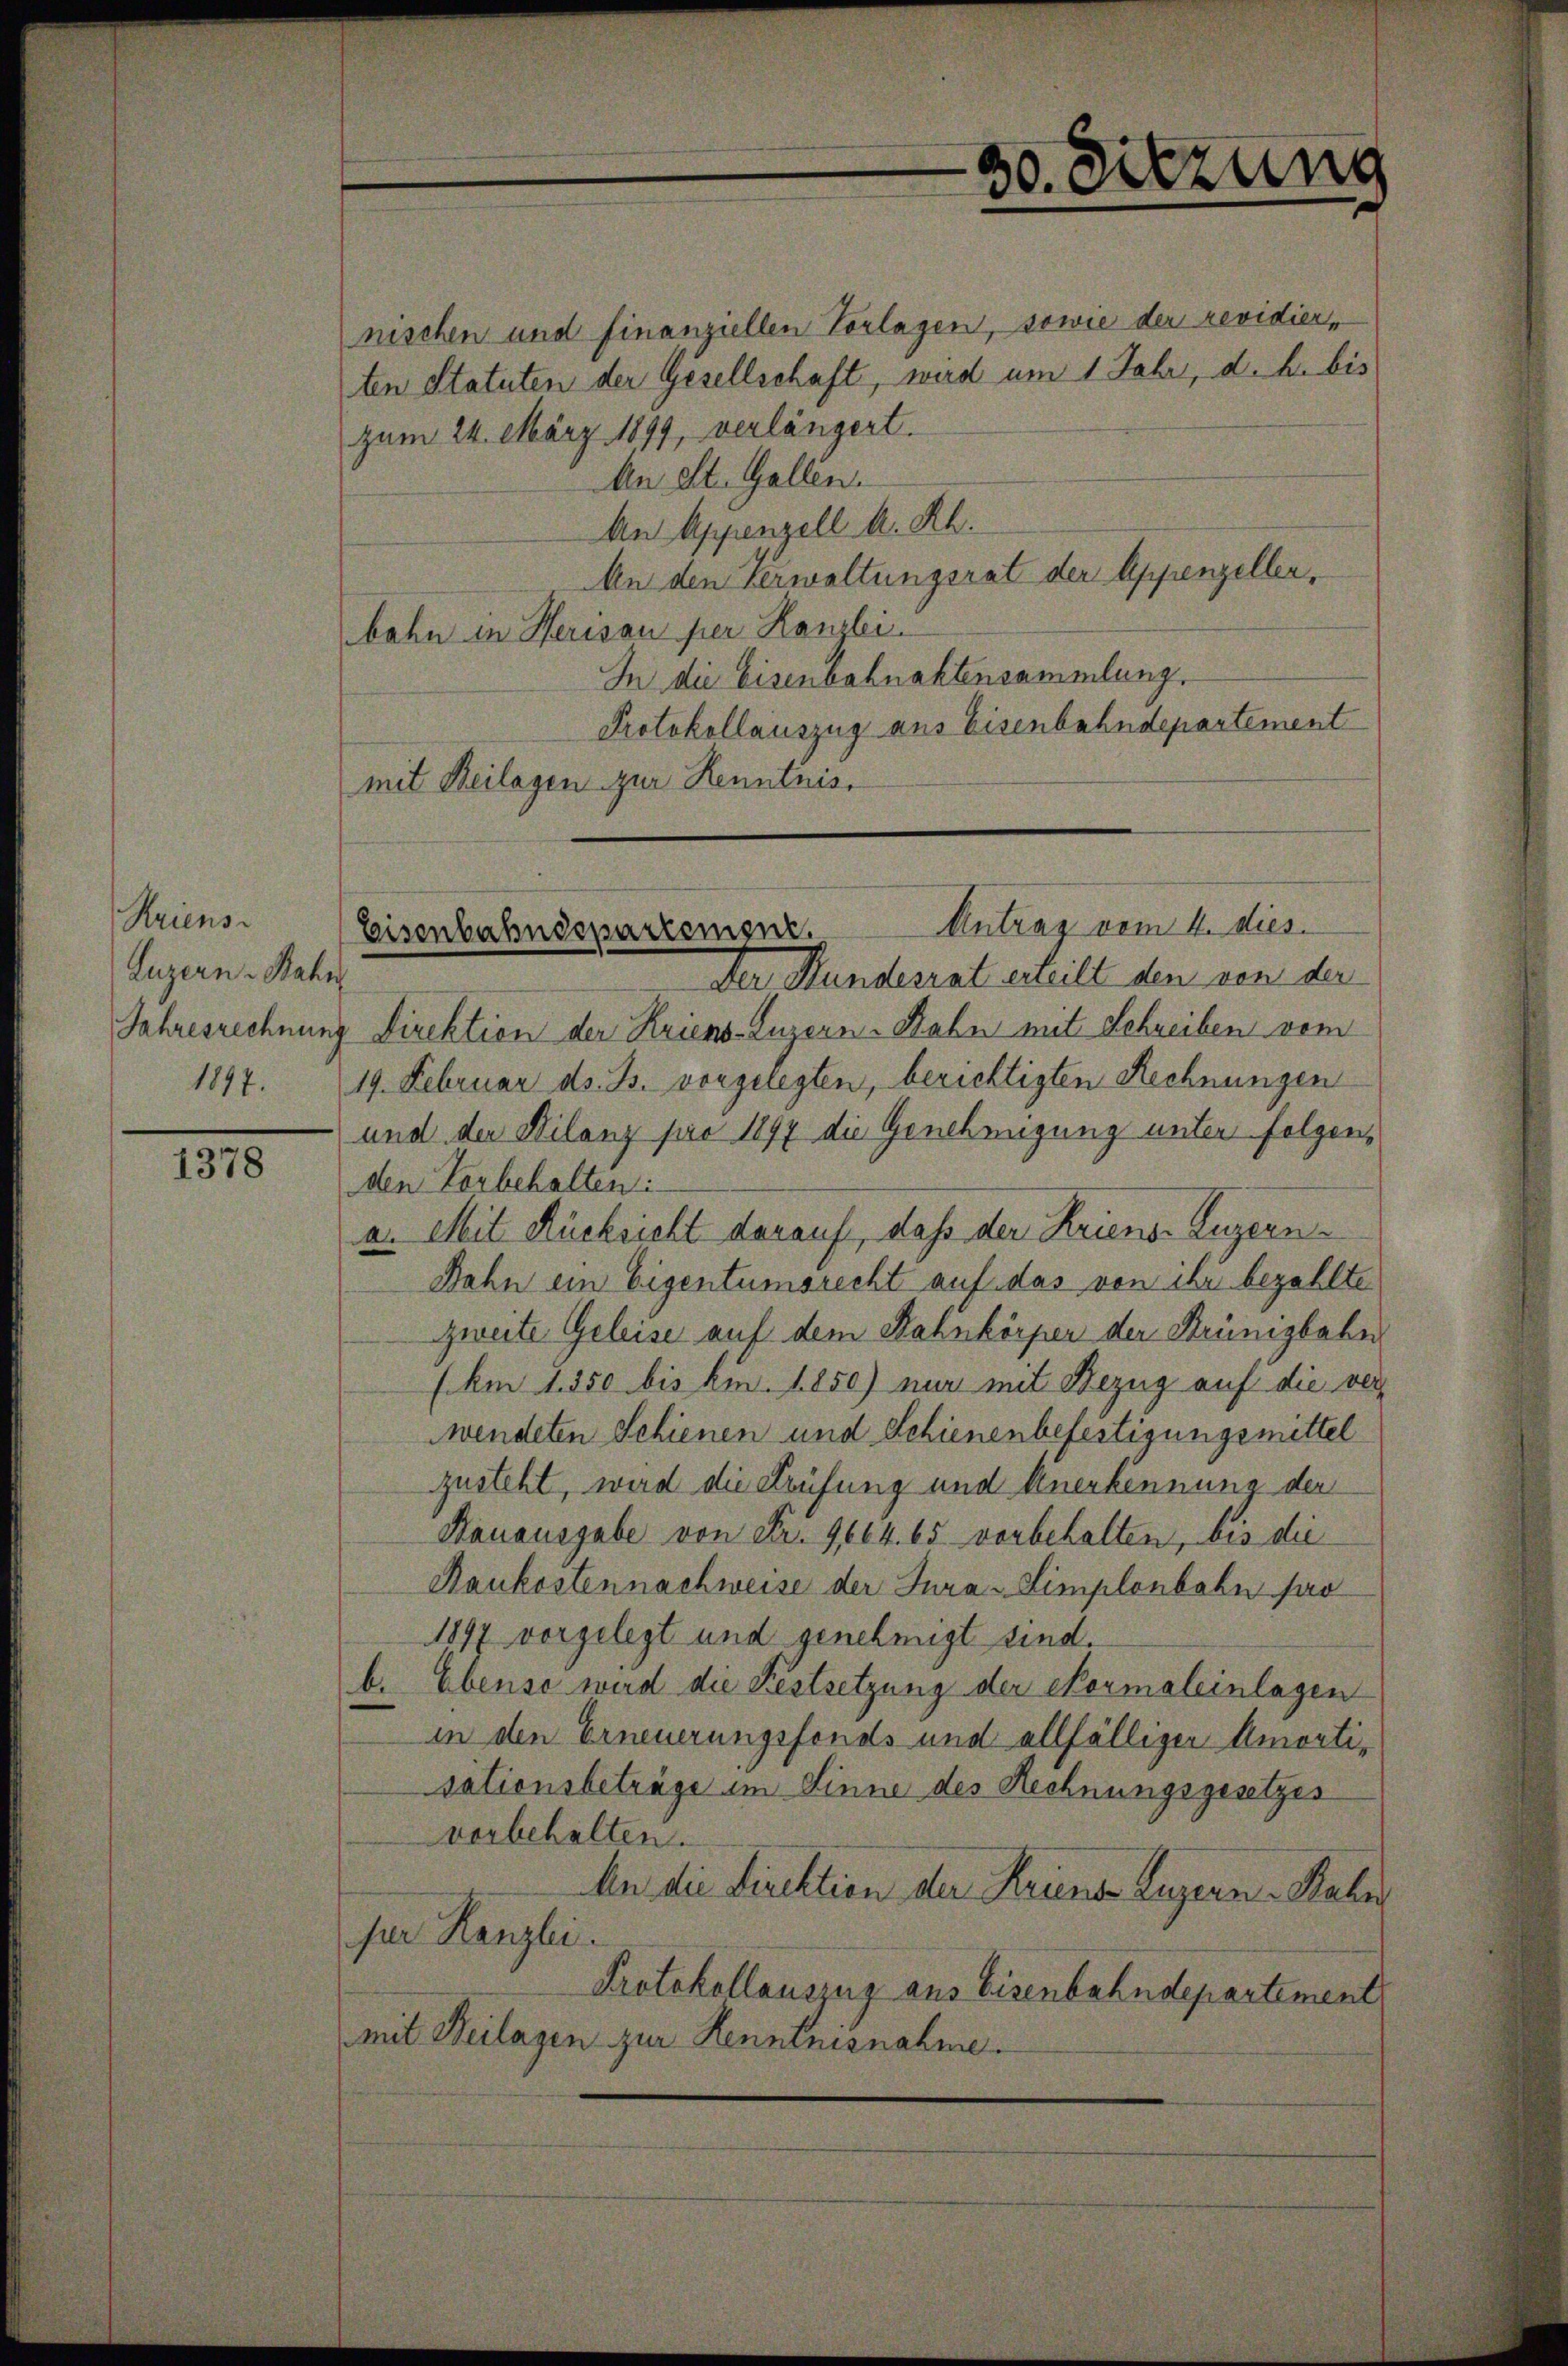
Kriens
Luzern Bahn
Jahresrechnung
1897.

1378

nischen und finanziellen Vorlagen, sowie der revidier,
ten Statuten der Gesellschaft, wird um 1 Jahr, d. h. bis
zum 24. März 1899, verlängert.
An elt. Gallen.
An Appenzell A. Rh.
An den Verwaltungsrat der Appenzeller,
bahn in Herisau per Kanzlei.
In die Eisenbahnaktensammlung.
Protokollauszug aus Eisenbahndepartement
mit Beilagen zur Kenntnis.
Der Hundesrat erteilt den von der
Direktion der Kriens Luzern-Bahn mit Schreiben vom
19. Februar ds. B. vorgelegten, berichtigten Rechnungen
und der Milanz pro 1897 die Genehmigung unter folgenden Vorbehalten.
a. Mit Rücksicht darauf, daß der Kriens Luzern
Dahn ein Eigentumsrecht auf das von ihr bezahlte
zweite Geleise auf dem Rahnkörper der Brünigbahn
(Am 1. 350 bis bin. 1850) nur mit Bezug auf die verwendeten Schienen und Schienenbefertigungsmittel
zusteht, wird die Prüfung und Anerkennung der
Kauausgabe von Fr. 9664. 65 vorbehalten, bis die
Raukostennachweise der Jura - Limplenbahn pro
1897 vorgelegt und genehmigt sind.
b. Ebenso wird die Festsetzung der Normaleinlagen
in den Erneuerungsfonds und allfälliger Amortisationsbeträge im Sinne des Rechnungsgesetzes
vorbehalten.
An die Direktion der Kriener Luzern Raber
fur Kanzlei.
Protokollauszug aus Eisenbahndepartement
mit Beilagen zur Kenntnisnahme.

30. Sitzung

Antrag vom 4. dies
Eisenbahndepartement.